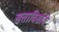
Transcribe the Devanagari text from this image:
सत्ताविसावे